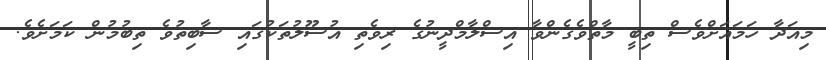
މިއަދާ ހަމައަށްވެސް ތިބީ މާތްވެގެންވާ އިސްލާމްދީނުގެ ރިވެތި އުސޫލުތަކުގައި ސާބިތުވެ ތިބުމުން ކަމަށެވެ.